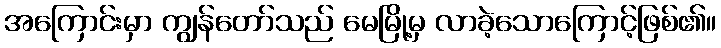
အကြောင်းမှာ ကျွန်တော်သည် မေမြို့မှ လာခဲ့သောကြောင့်ဖြစ်၏။